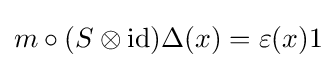
m\circ (S\otimes {\rm {id}})\Delta (x)=\varepsilon (x)1